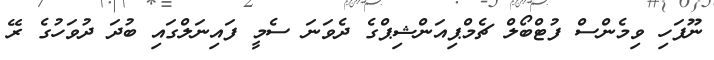
ނޫފަހި ވިމެންސް ފުޓްބޯލް ޗެމްޕިއަންޝިޕްގެ ދެވަނަ ސެމީ ފައިނަލްގައި ބުދަ ދުވަހުގެ ރޭ